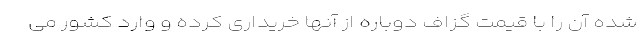
شده آن را با قیمت گزاف دوباره از آنها خریداری کرده و وارد کشور می